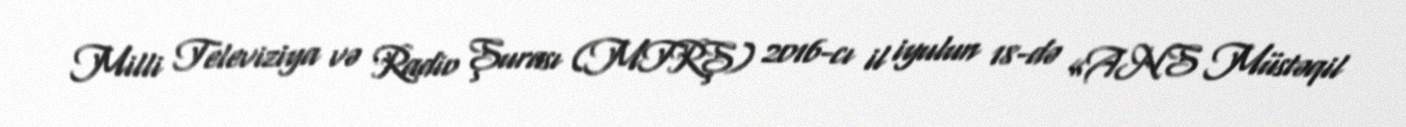
Milli Televiziya və Radio Şurası (MTRŞ) 2016-cı il iyulun 18-də «ANS Müstəqil